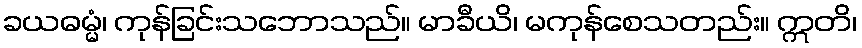
ခယဓမ္မံ၊ ကုန်ခြင်းသဘောသည်။ မာခီယိ၊ မကုန်စေသတည်း။ ဣတိ၊